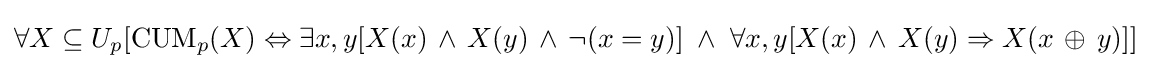
\forall X\subseteq U_{p}[\mathrm {CUM} _{p}(X)\Leftrightarrow \exists x,y[X(x)\,\wedge \,X(y)\,\wedge \,\neg (x=y)]\;\wedge \;\forall x,y[X(x)\,\wedge \,X(y)\Rightarrow X(x\,\oplus \,y)]]